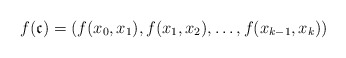
\begin{align*}f(\mathfrak{c}) = (f(x_0,x_1), f(x_1,x_2), \dots , f(x_{k-1},x_k))\end{align*}